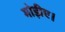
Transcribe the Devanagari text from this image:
मोड़ीए।